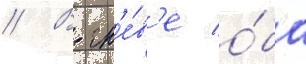
// В гн'е́в'е о́ба